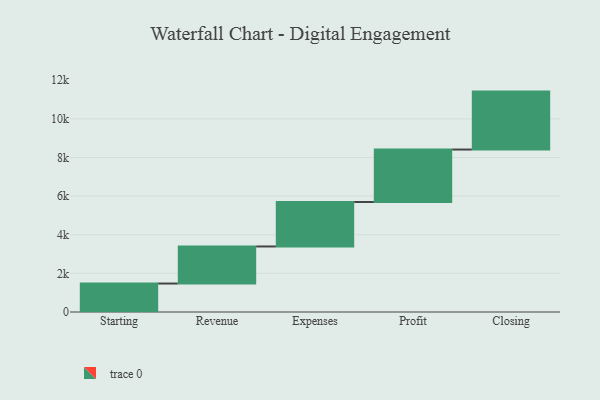
{"axis": {"x": "Step", "y": "Value"}, "legend": [""], "data": [{"x": "Starting", "y": 1474.0, "type": ""}, {"x": "Revenue", "y": 1919.0, "type": ""}, {"x": "Expenses", "y": 2303.0, "type": ""}, {"x": "Profit", "y": 2716.0, "type": ""}, {"x": "Closing", "y": 3000, "type": ""}]}